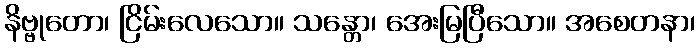
နိဗ္ဗုတော၊ ငြိမ်းလေသော။ သန္တော၊ အေးမြပြီသော။ အစေတနာ၊